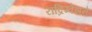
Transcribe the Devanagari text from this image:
रॉद्रिग्वेझने